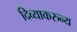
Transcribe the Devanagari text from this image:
दिव्याकरुन्य